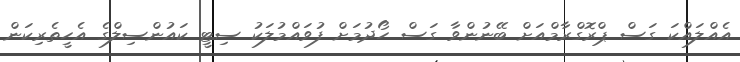
އެއްލައްކަ ގަސް ޕްރޮގްރާމްއަށް ބޭނުންވާ ގަސް ހޯދުމަށް ފުވައްމުލަކު ސިޓީ ކައުންސިލްގެ އެހީތެރިކަން